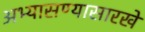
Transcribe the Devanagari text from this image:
अभ्यासण्यासारखे